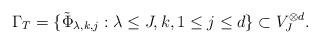
LaTeX: \begin{align*}\Gamma_T = \{ \tilde{\Phi}_{\lambda,k,j} : \lambda \leq J, k, 1\leq j \leq d\} \subset V_J^{\otimes d}.\end{align*}